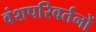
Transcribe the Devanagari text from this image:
वंशपरिवर्तनों